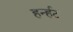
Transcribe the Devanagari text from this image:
हर्न्हट